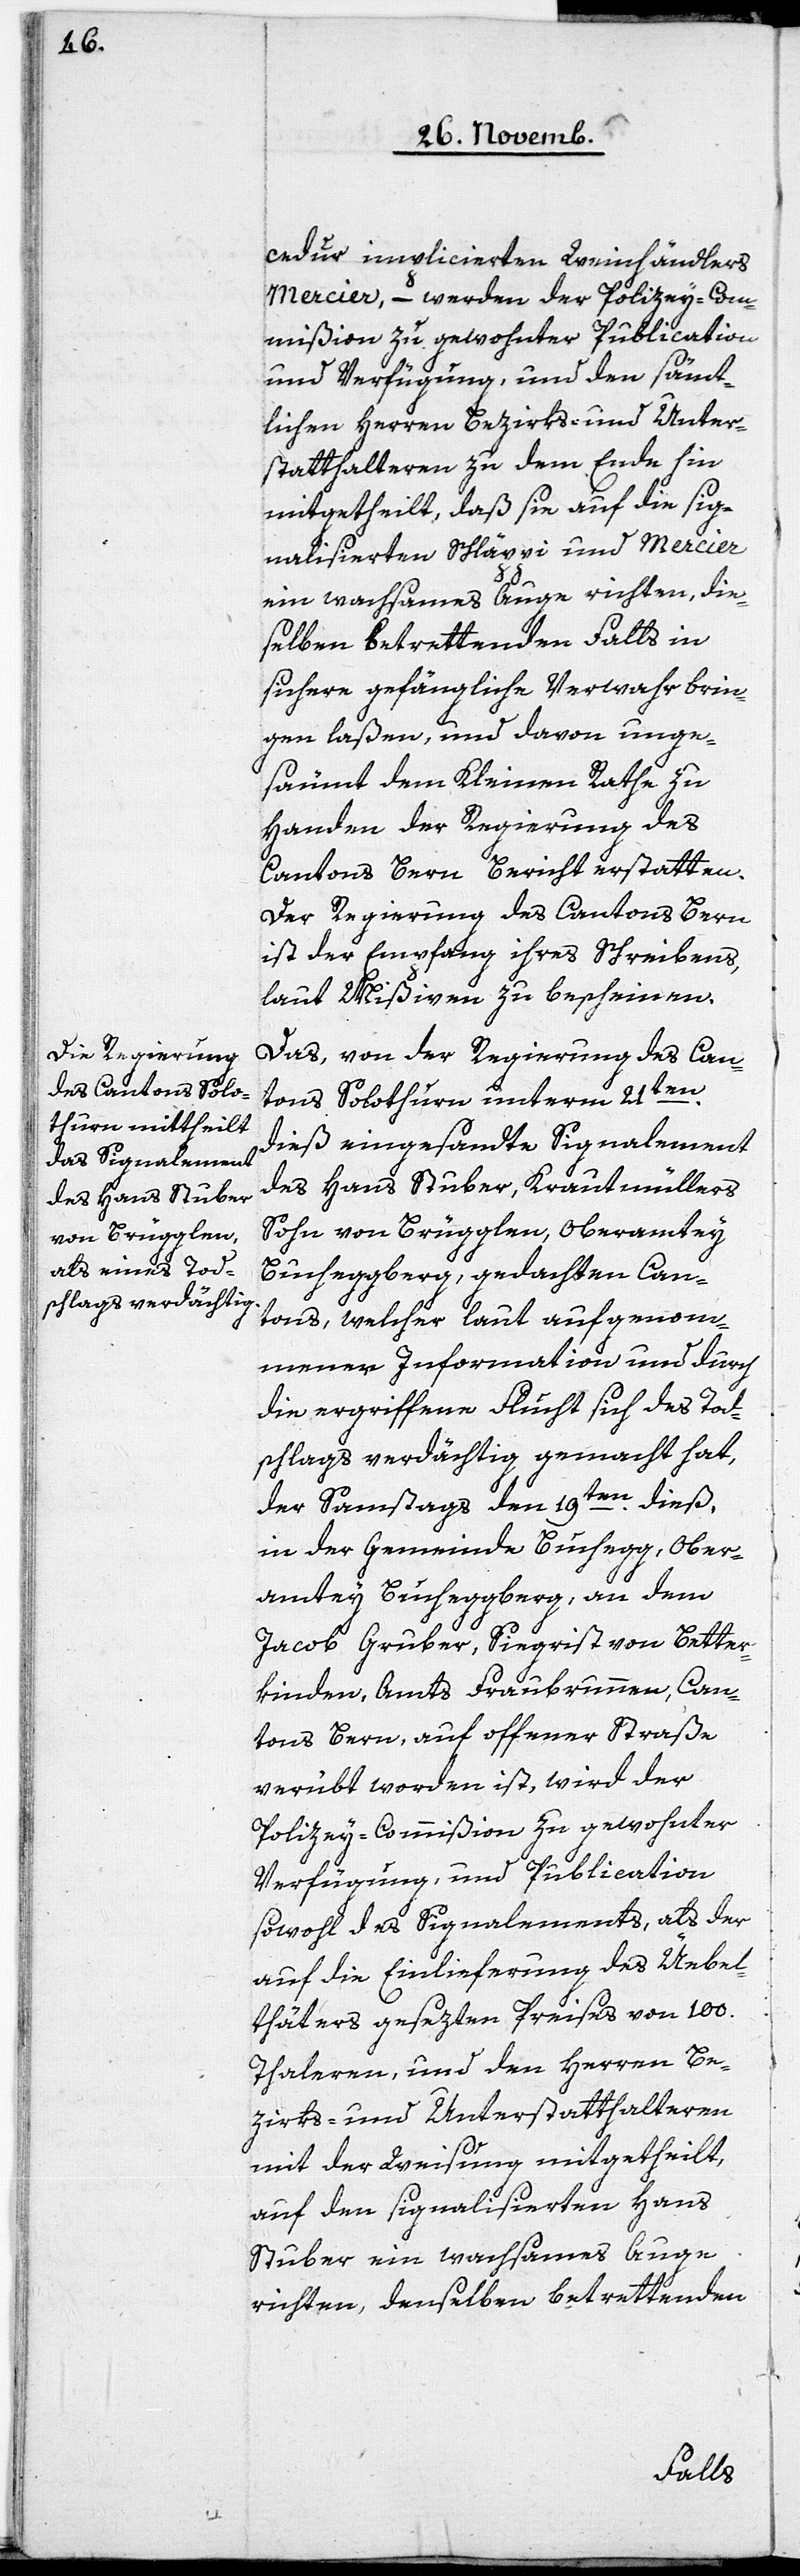
cedur implicierten Weinhändlers
Mercier, – werden der Polizey-Com¬
mißion zu gewohnter Publication
und Verfügung, und den sämmt¬
lichen Herren Bezirks- und Unter¬
statthalteren zu dem Ende hin
mitgetheilt, daß sie auf die sig¬
nalisierten Schläppi und Mercier
ein wachsames Auge richten, die¬
selben betrettenden Falls in
sichere gefängliche Verwahr brin¬
gen laßen, und davon unge¬
säumt dem Kleinen Rathe zu
Handen der Regierung des
Cantons Bern Bericht erstatten.
Der Regierung des Cantons Bern
ist der Empfang ihres Schreibens,
laut Mißiven, zu bescheinen.
Das, von der Regierung des Can¬
tons Solothurn unterm 21ten.
dieß eingesandte Signalement
des Hans Stuber, Krautmüllers
Sohn von Brügglen, Oberamtey
Bucheggberg, gedachten Can¬
tons, welcher laut aufgenom¬
menen Information und durch
die ergriffene Flucht sich des Tod¬
schlags verdächtig gemacht hat,
der Samstags den 19ten. dieß,
in der Gemeinde Buchegg, Ober¬
amtey Bucheggberg, an dem
Jacob Gruber, Siegrist von Better¬
kinden, Amts Fraubrunnen, Can¬
tons Bern, auf offener Straße
verübt worden ist, wird der
Polizey-Commißion zu gewohnter
Verfügung, und Publication
sowohl des Signalements, als der
auf die Einlieferung des Üebel¬
thäters gesezten Preises von 100.
Thaleren, und den Herren Be¬
zirks- und Unterstatthalteren
mit der Weisung mitgetheilt,
auf den signalisierten Hans
Stuber ein wachsames Auge
richten, denselben betrettenden